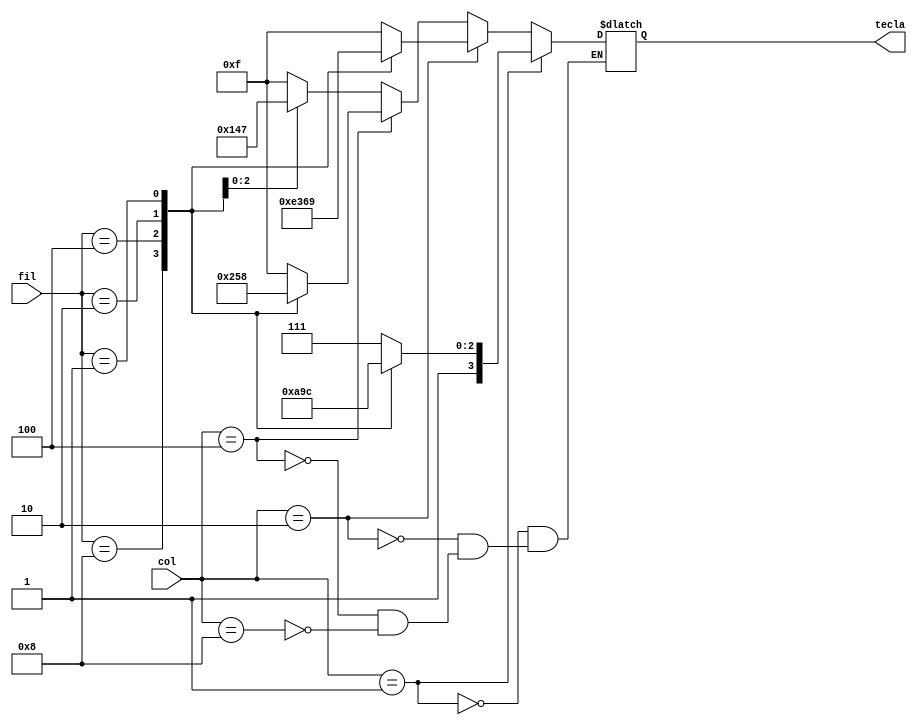
module Comparador_col(fil, col, tecla);
	input [3:0]fil;
	input [3:0]col;
	output reg [3:0] tecla;
	
	always @(*) begin
		if(col == 'b1000)begin //Primera columna
			case(fil)
				'b1000: tecla = 'd15;
				'b0100: tecla = 'd1;
				'b0010: tecla = 'd4;
				'b0001: tecla = 'd7;
			default: tecla = 'd15;
			endcase
		end if (col == 'b0100)begin //Segunda columna
			case(fil)
				'b1000: tecla = 'd0;
				'b0100: tecla = 'd2;
				'b0010: tecla = 'd5;
				'b0001: tecla = 'd8;
			default: tecla = 'd15;
			endcase
		end if (col == 'b0010)begin //Tercera columna
			case(fil)
				'b1000: tecla = 'd14;
				'b0100: tecla = 'd3;
				'b0010: tecla = 'd6;
				'b0001: tecla = 'd9;
			default: tecla = 'd15;
			endcase
		end if (col == 'b0001)begin //Cuarta columna
			case(fil)
				'b1000: tecla = 'd13;
				'b0100: tecla = 'd10;
				'b0010: tecla = 'd11;
				'b0001: tecla = 'd12;
			default: tecla = 'd15;
			endcase
		end
	end

endmodule